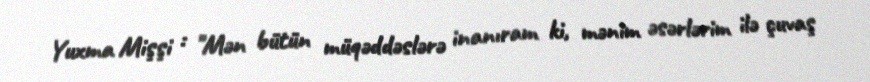
Yuxma Mişşi : "Mən bütün müqəddəslərə inanıram ki, mənim əsərlərim ilə çuvaş